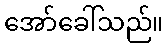
အော်ခေါ်သည်။